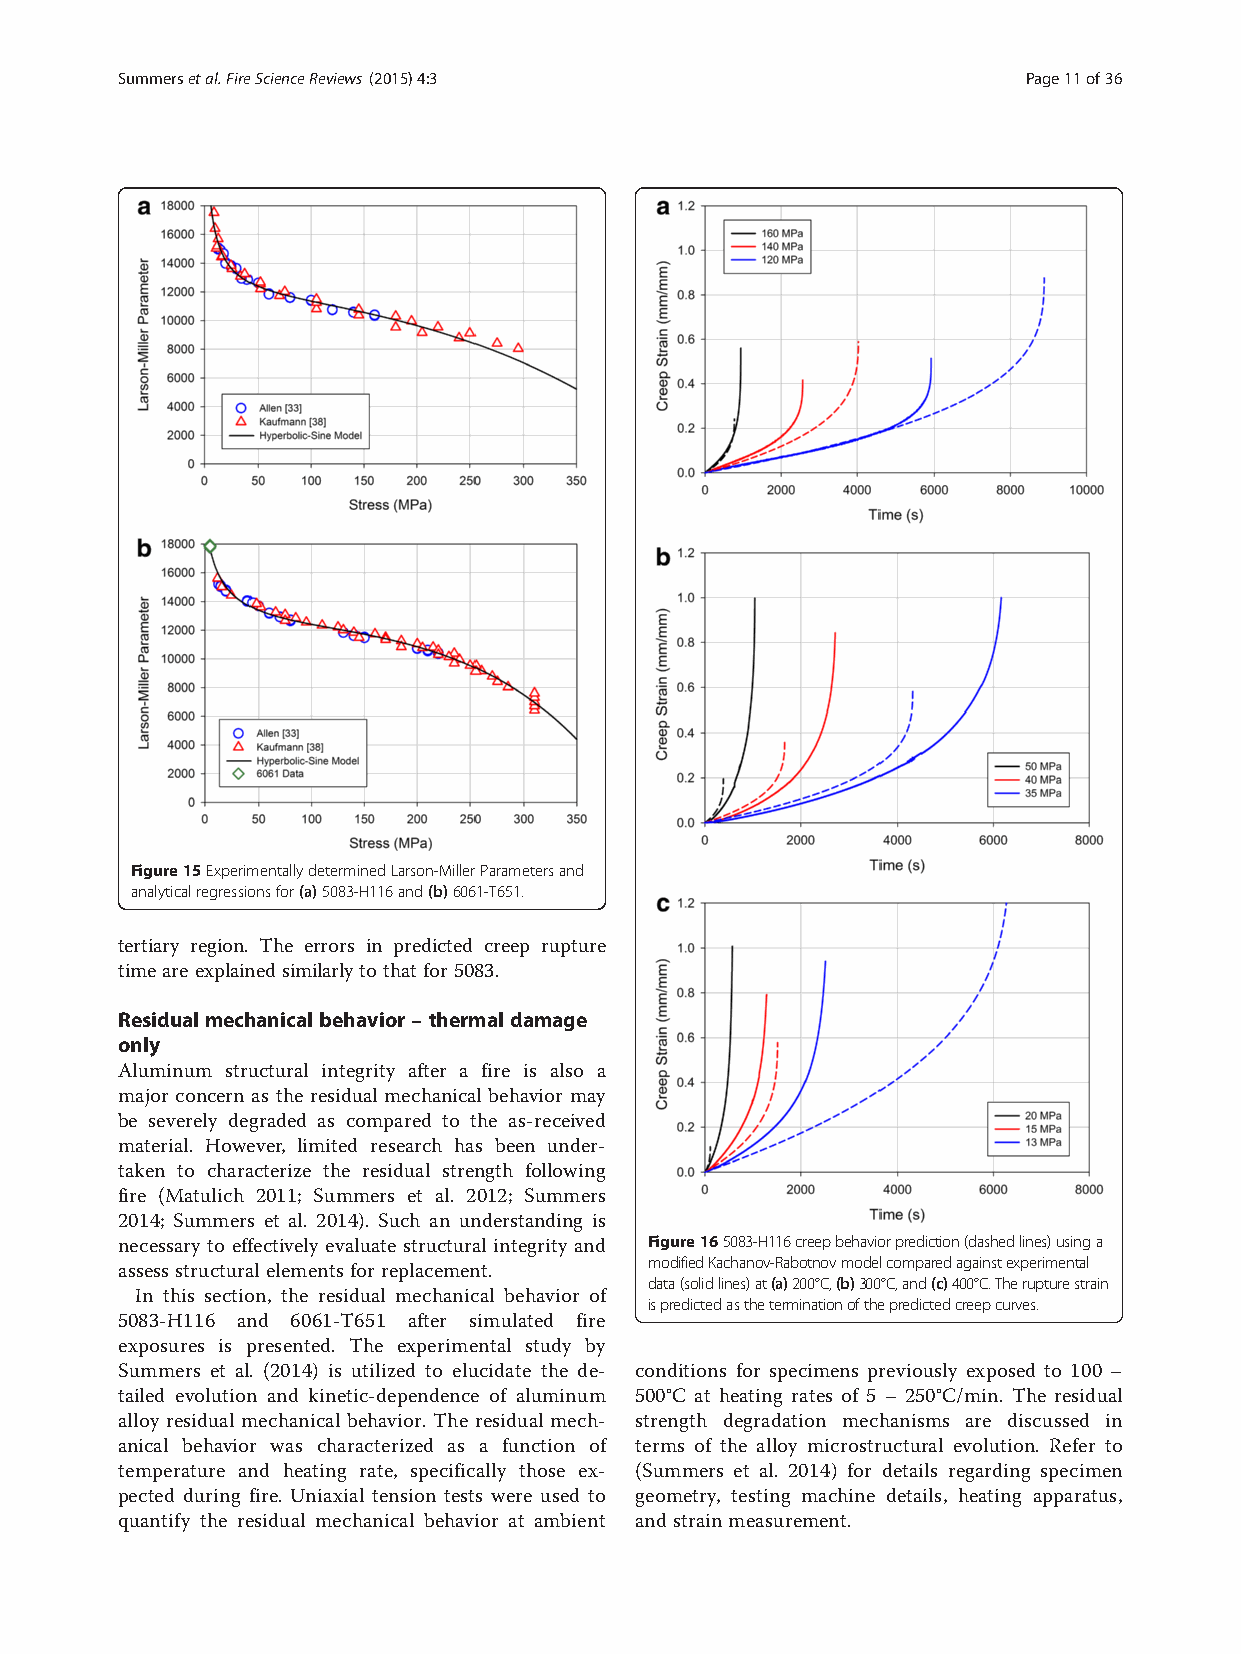
Summersetal.FireScienceReviews (2015) 4:3                   Page11of36
 Figure15ExperimentallydeterminedLarson-MillerParametersand
 analyticalregressionsfor(a)5083-H116and(b)6061-T651.
 tertiary region. The errors in predicted creep rupture
 time areexplained similarlytothatfor 5083.
 Residual mechanical behavior – thermal damage
 only
 Aluminum structural integrity after a fire is also a
 major concern as the residual mechanical behavior may
 be severely degraded as compared to the as-received
 material. However, limited research has been under-
 taken to characterize the residual strength following
 fire (Matulich 2011; Summers et al. 2012; Summers
 2014; Summers et al. 2014). Such an understanding is
 necessary to effectively evaluate structural integrity and Figure165083-H116creepbehaviorprediction(dashedlines)usinga
 modifiedKachanov-Rabotnovmodelcomparedagainstexperimental
 assess structural elements for replacement.
 data(solidlines)at(a)200°C,(b)300°C,and(c)400°C.Therupturestrain
 In this section, the residual mechanical behavior of
 ispredictedastheterminationofthepredictedcreepcurves.
 5083-H116 and 6061-T651 after simulated fire
 exposures is presented. The experimental study by
 Summers et al. (2014) is utilized to elucidate the de- conditions for specimens previously exposed to 100 –
 tailed evolution and kinetic-dependence of aluminum 500°C at heating rates of 5 – 250°C/min. The residual
 alloy residual mechanical behavior. The residual mech- strength degradation mechanisms are discussed in
 anical behavior was characterized as a function of terms of the alloy microstructural evolution. Refer to
 temperature and heating rate, specifically those ex- (Summers et al. 2014) for details regarding specimen
 pected during fire. Uniaxial tension tests were used to geometry, testing machine details, heating apparatus,
 quantify the residual mechanical behavior at ambient andstrainmeasurement.